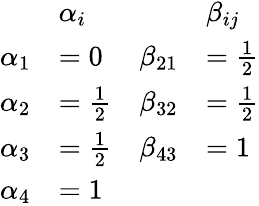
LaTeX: {\begin{array}{rlrl}&{\alpha_{i}}&&{\beta_{ij}}\\ {\alpha_{1}}&{=0}&{\beta_{21}}&{={\frac{1}{2}}}\\ {\alpha_{2}}&{={\frac{1}{2}}}&{\beta_{32}}&{={\frac{1}{2}}}\\ {\alpha_{3}}&{={\frac{1}{2}}}&{\beta_{43}}&{=1}\\ {\alpha_{4}}&{=1}&&{}\end{array}}